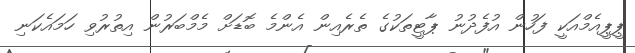
ޕީޕީއެމްއަކީ ފަހުން އުފެދުނު ޕާޓީތަކުގެ ތެރެއިން އެންމެ ބޮޑަށް މެމްބަރުން އިތުރުވި ހަމައެކަނި